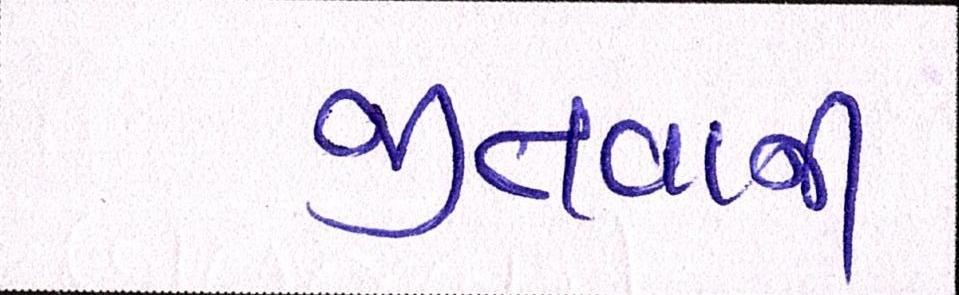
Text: જીતવાની